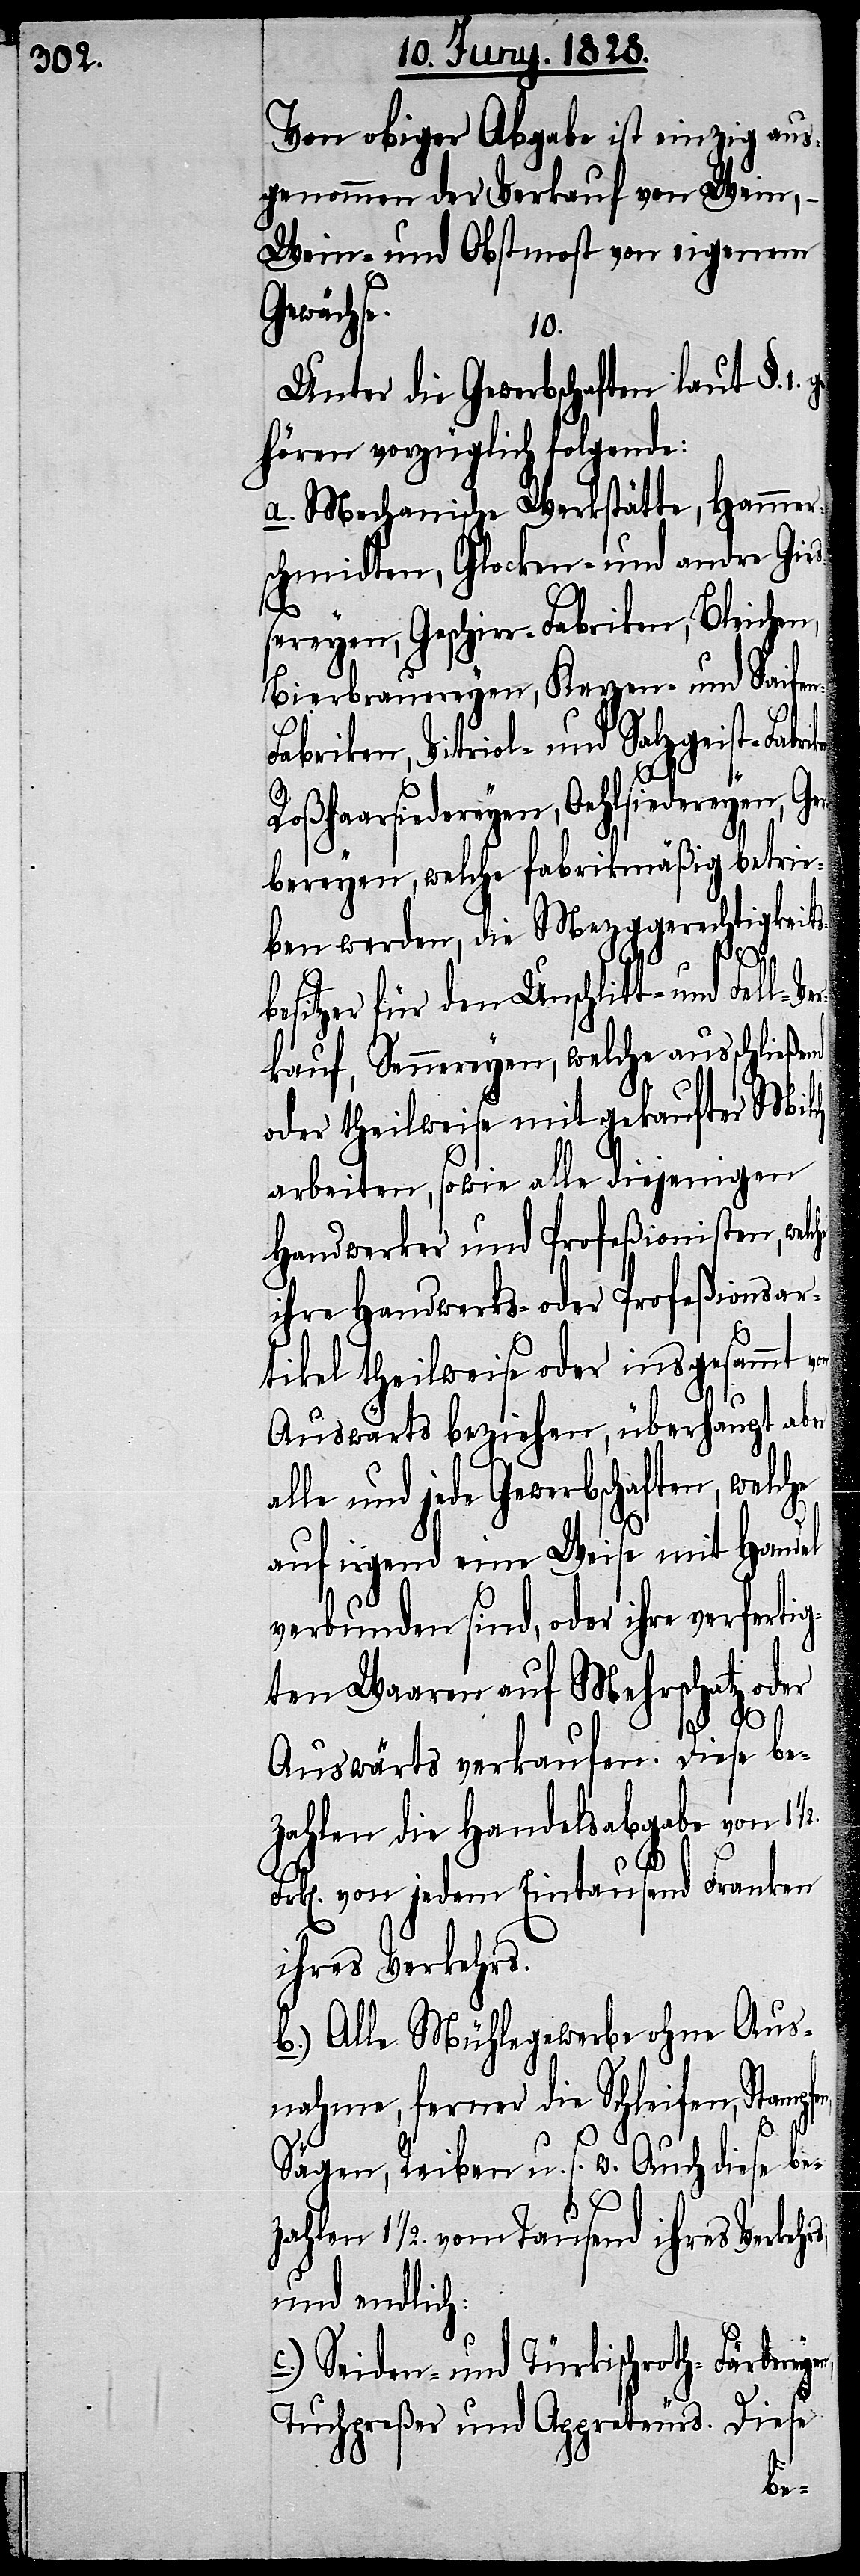
Von obiger Abgabe ist einzig aus¬
genommen der Verkauf von Wein,
Wein- und Obstmost von eigenem
Gewächse.
10.
Unter die Gewerbschaften laut §. 1.
gehören vorzüglich folgende:
Hammer¬
a. Mechanische Werkstät¬
schmidten, Glocken- und andre Gie¬
ßereyen, Geschirr-Fabriken, Bleichen,
Bierbrauereyen, Kerzen- und Saife¬
abriken, Vitriol- und Salzgeist-Fabr¬
Roßhaarsiedereyen, Oehlsiedereyen, Ge¬
rbereyen, welche fabrikmäßig betrie¬
ben werden, die Mezggerechtigkeits¬
besitzer für den Unschlitt- und Fall-Ve¬
rkauf, Sennereyen, welche ausschließend
oder theilweise mit gekaufter Milch
arbeiten, sowie alle diejenigen
Handwerker und Profeßionisten, wel¬
ihre Handwerks- oder Profeßionsar¬
tikel theilweise oder insgesammt
Auswärts beziehen, überhaupt aber
le und jede Gewerbschaften, welche
auf irgend eine Weise mit Handel
verbunden sind, oder ihre verfertig¬
ten Waaren auf Mehrschatz oder
Auswärts verkaufen. Diese be¬
zahlen die Handelsabgabe von 1
k[en]. von jedem Eintausend Franken
ihres Verkehrs;
b.) Alle Mühlegewerbe ohne Aus¬
nahme, ferner die Schleifen, Stampfe¬
yen,
Sägen, Reiben u. s. w. Auch diese be¬
und endlich:
Seiden- und Türkischroth-Färbere¬
Tuchpreßer und Appreteurs. Diese